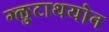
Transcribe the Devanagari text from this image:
ग्लुटाथयोन